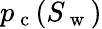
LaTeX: p_{\mathrm{~c~}}(S_{\mathrm{~w~}})